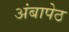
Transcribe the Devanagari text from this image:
अंबापेठ